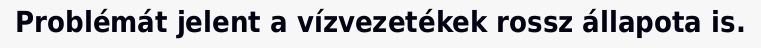
Problémát jelent a vízvezetékek rossz állapota is.